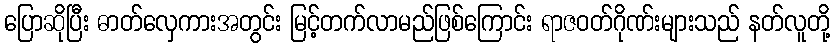
ပြောဆိုပြီး ဓာတ်လှေကားအတွင်း မြင့်တက်လာမည်ဖြစ်ကြောင်း ရာဇဝတ်ဂိုဏ်းများသည် နတ်လူတို့